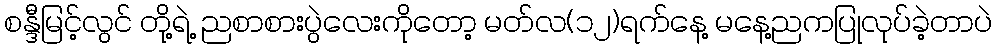
စန္ဒီမြင့်လွင် တို့ရဲ့ ညစာစားပွဲလေးကိုတော့ မတ်လ(၁၂)ရက်နေ့ မနေ့ညကပြုလုပ်ခဲ့တာပဲ